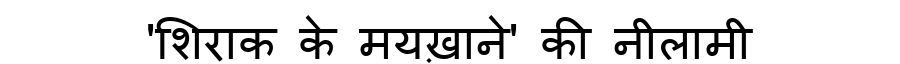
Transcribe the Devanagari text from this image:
'शिराक के मयख़ाने' की नीलामी